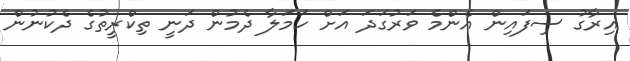
އިރާގު ސިފައިން އެންމެ ވަރުގަދަ އަށް ހަމަލާ ދެމުން ދަނީ ތިކްރީތުގެ ދެކުނުން